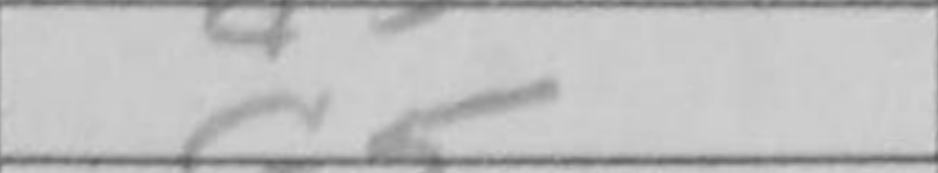
Transcription: c5